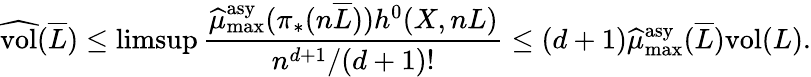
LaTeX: \widehat{\mathrm{vol}}(\overline{L})\leq\operatorname*{limsup}\frac{\widehat\mu_{\operatorname*{max}}^{\mathrm{asy}}(\pi_{*}(n\overline{L}))h^{0}(X,nL)}{n^{d+1}/(d+1)!}\leq(d+1)\widehat\mu_{\operatorname*{max}}^{\mathrm{asy}}(\overline{L})\mathrm{vol}(L).